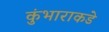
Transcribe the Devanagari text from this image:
कुंभाराकडे